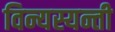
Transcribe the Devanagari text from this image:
विन्यस्यन्ती